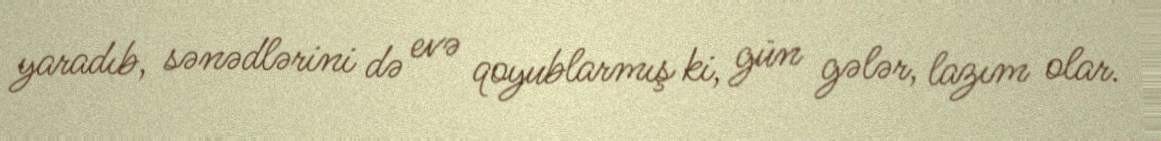
yaradıb, sənədlərini də evə qoyublarmış ki, gün gələr, lazım olar.